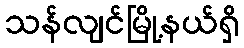
သန်လျင်မြို့နယ်ရှိ